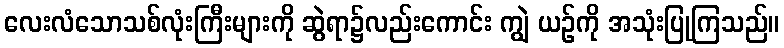
လေးလံသောသစ်လုံးကြီးများကို ဆွဲရာ၌လည်းကောင်း ကျွဲ ယဉ်ကို အသုံးပြုကြသည်။